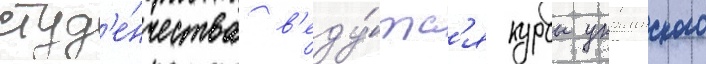
студ'е́нчества в'еду́тс'я курсы украинского